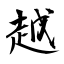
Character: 越